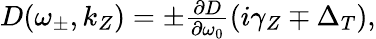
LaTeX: \begin{array}{r}{D(\omega_{\pm},k_{Z})=\pm\frac{\partial D}{\partial\omega_{0}}\left(i\gamma_{Z}\mp\Delta_{T}\right),}\end{array}